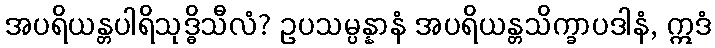
အပရိယန္တပါရိသုဒ္ဓိသီလံ? ဥပသမ္ပန္နာနံ အပရိယန္တသိက္ခာပဒါနံ, ဣဒံ